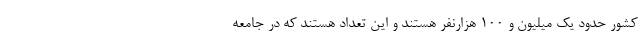
کشور حدود یک میلیون و ۱۰۰ هزارنفر هستند و این تعداد هستند که در جامعه